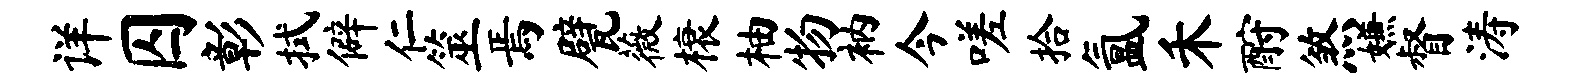
详囚彰拭僻仁筮焉甓薇榱柚物衲今嗟拾氲禾酹煞嫌督涛